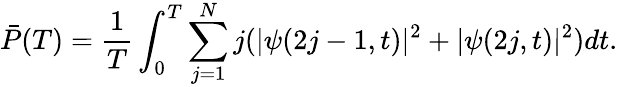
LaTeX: \bar{P}(T)=\frac{1}{T}\int_{0}^{T}\sum_{j=1}^{N}j(|\psi(2j-1,t)|^{2}+|\psi(2j,t)|^{2})dt.